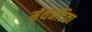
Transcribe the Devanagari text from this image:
मॅथेमॅटिका